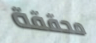
محققة